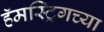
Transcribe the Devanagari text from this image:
हॅमस्ट्रिगच्या